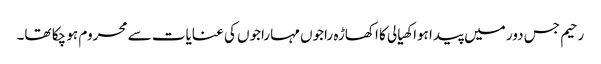
رحیم جس دور میں پیدا ہوا کھیالی کا اکھاڑہ راجوں مہاراجوں کی عنایات سے محروم ہو چکا تھا۔